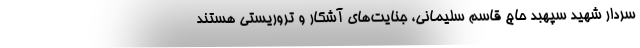
سردار شهید سپهبد حاج قاسم سلیمانی، جنایت‌های آشکار و تروریستی هستند